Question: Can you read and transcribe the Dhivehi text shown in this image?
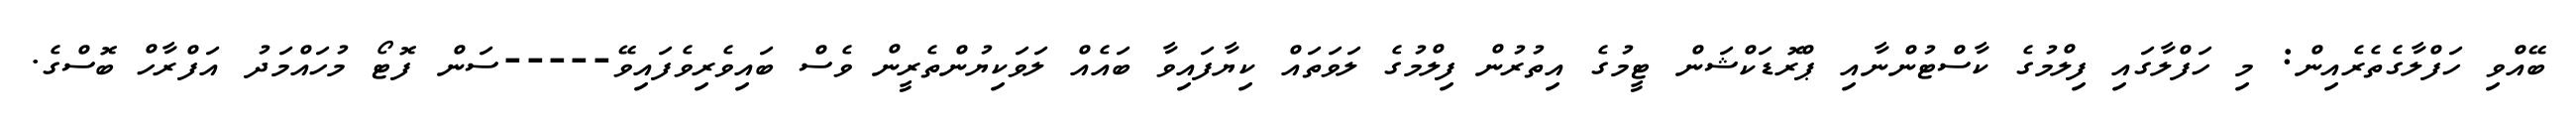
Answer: ބޭއްވި ހަފްލާގެތެރެއިން: މި ހަފްލާގައި ފިލްމުގެ ކާސްޓުންނާއި ޕްރޮޑަކްޝަން ޓީމުގެ އިތުރުން ފިލްމުގެ ލަވަތައް ކިޔާފައިވާ ބައެއް ލަވަކިޔުންތެރީން ވެސް ބައިވެރިވެފައިވޭ-----ސަން ފޮޓޯ މުހައްމަދު އަފްރާހް ބޮސްގެ.